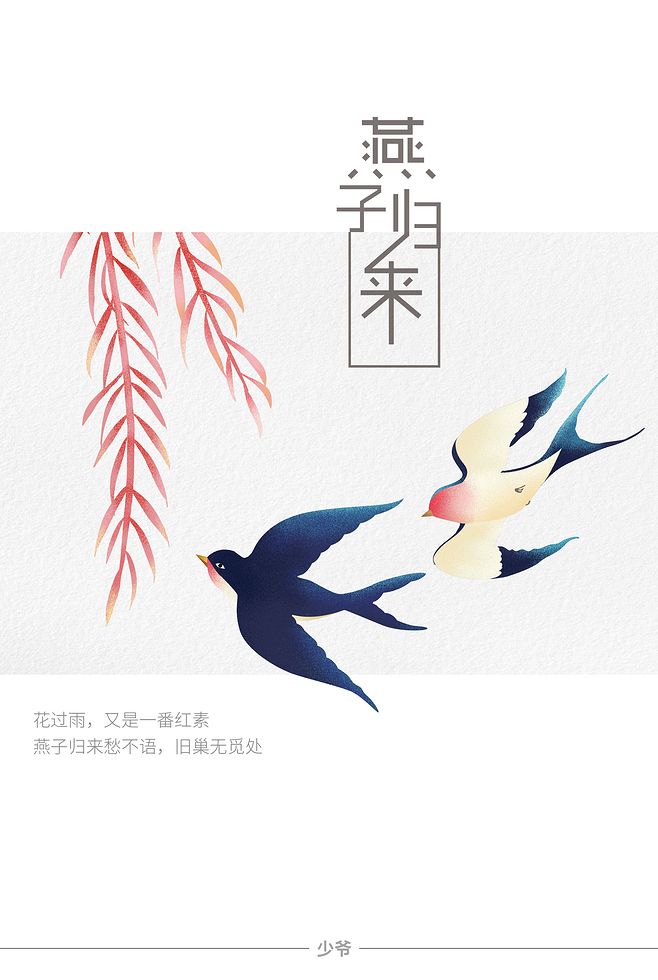
燕子归来愁不语。旧巢无觅处。